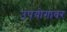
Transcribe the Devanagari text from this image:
उपयोगावर